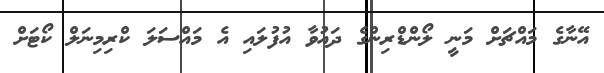
އޭނާގެ މައްޗަށް މަނީ ލޯންޑްރިންގެ ދައުވާ އުފުލައި އެ މައްސަލަ ކްރިމިނަލް ކޯޓަށް